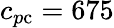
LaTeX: c_{p\mathrm{c}}=675